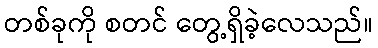
တစ်ခုကို စတင် တွေ့ရှိခဲ့လေသည်။